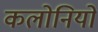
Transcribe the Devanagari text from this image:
कलोनियों